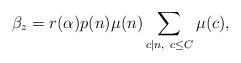
LaTeX: \begin{align*}\beta_z = r(\alpha)p(n)\mu(n)\sum_{c|n,\ c\leq C}\mu(c),\end{align*}